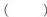
（）